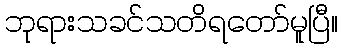
ဘုရားသခင်သတိရတော်မူပြီ။